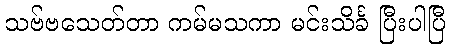
သဗ်ဗသေတ်တာ ကမ်မသကာ မင်းသိင်္ခ ပြီးပါပြီ